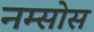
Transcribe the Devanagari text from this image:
नम्सोस